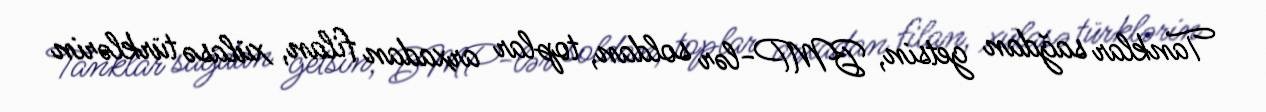
Tanklar sağdan getsin, BMP-lər soldan, toplar arxadan filan, xülasə türklərin